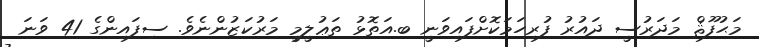
މަޙުފޫޘް މަދަރުސީ ދައުރު ފުރިހަމަކޮށްފައިވަނީ ބ.އަތޮޅު ތަޢުލީމީ މަރުކަޒުންނެވެ. ސިފައިންގެ 41 ވަނަ